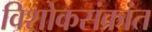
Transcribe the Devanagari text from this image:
विशोकसंक्रांत